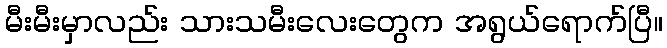
မီးမီးမှာလည်း သားသမီးလေးတွေက အရွယ်ရောက်ပြီ။